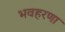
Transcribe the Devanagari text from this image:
भवहरणा